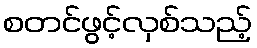
စတင်ဖွင့်လှစ်သည့်